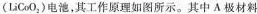
(LiCoO_{2})电池，其工作原理如图所示。其中A极材料